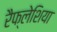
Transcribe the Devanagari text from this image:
रैफ्लेशिया